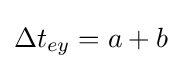
\Delta t_{ey}=a+b